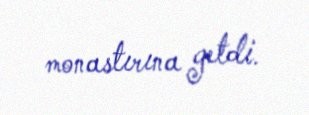
monastırına getdi.